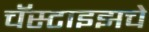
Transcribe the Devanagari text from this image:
चॅस्टाइझचे